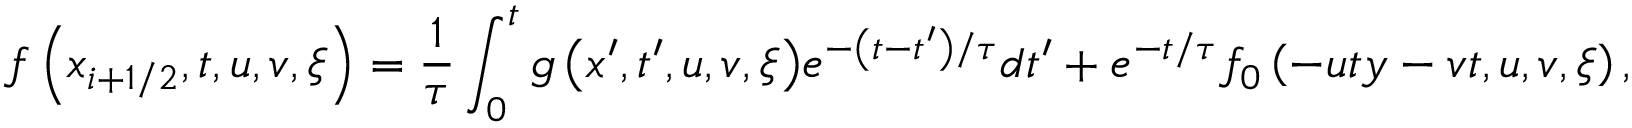
f \left( { { x } _ { i + 1 / 2 } } , t , u , v , \xi \right) = \frac { 1 } { \tau } \int _ { 0 } ^ { t } { g \left( { x } ^ { \prime } , { t } ^ { \prime } , u , v , \xi \right) } { { e } ^ { - \left( t - { t } ^ { \prime } \right) / \tau } } d { t } ^ { \prime } + { { e } ^ { - t / \tau } } { { f } _ { 0 } } \left( - u t y - v t , u , v , \xi \right) ,